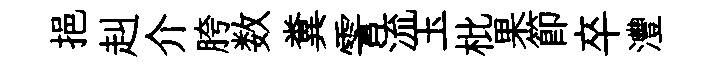
挹赳介胯数糞霅流玉枇果節卒灃